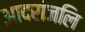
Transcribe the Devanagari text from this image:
आदरांजलि